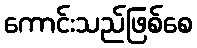
ကောင်းသည်ဖြစ်စေ